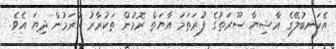
އެކަނބުލޭގެ ޣާޝިޔާ ސޫރަތުގެ ފުރަތަމަ އާޔަތް ރޮމުން ތަކުރާރު ކުރަމުން ދިޔަ އެވެ.